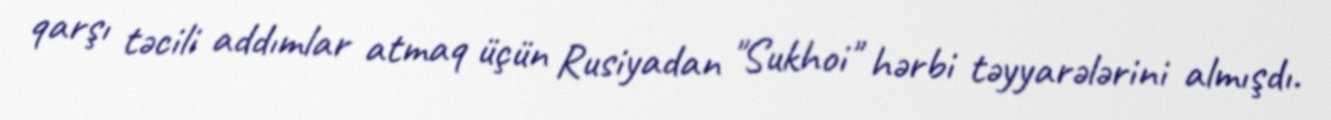
qarşı təcili addımlar atmaq üçün Rusiyadan "Sukhoi" hərbi təyyarələrini almışdı.